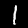
Digit: 1